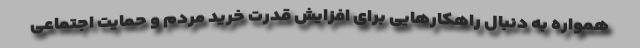
همواره به دنبال راهکارهایی برای افزایش قدرت خرید مردم و حمایت اجتماعی